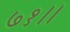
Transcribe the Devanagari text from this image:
७१।।